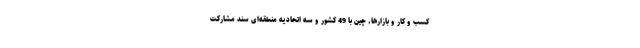
کسب و کار و بازارها، چین با 49 کشور و سه اتحادیه منطقه‌ای سند مشارکت